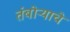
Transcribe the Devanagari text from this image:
तंबोऱ्याचे